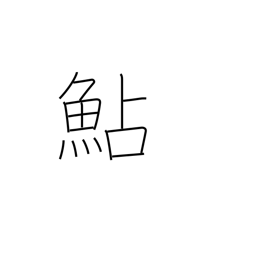
Meaning: smelt